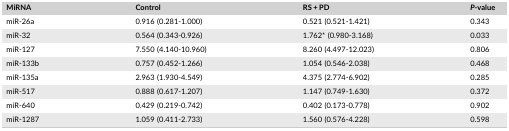
| MiRNA | Control | RS + PD | P‐value |
 | --- | --- | --- | --- |
 | miR‐26a | 0.916 (0.281‐1.000) | 0.521 (0.521‐1.421) | 0.343 |
 | miR‐32 | 0.564 (0.343‐0.926) | 1.762* (0.980‐3.168) | 0.033 |
 | miR‐127 | 7.550 (4.140‐10.960) | 8.260 (4.497‐12.023) | 0.806 |
 | miR‐133b | 0.757 (0.452‐1.266) | 1.054 (0.546‐2.038) | 0.468 |
 | miR‐135a | 2.963 (1.930‐4.549) | 4.375 (2.774‐6.902) | 0.285 |
 | miR‐517 | 0.888 (0.617‐1.207) | 1.147 (0.749‐1.630) | 0.372 |
 | miR‐640 | 0.429 (0.219‐0.742) | 0.402 (0.173‐0.778) | 0.902 |
 | miR‐1287 | 1.059 (0.411‐2.733) | 1.560 (0.576‐4.228) | 0.598 |